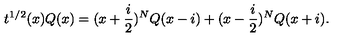
t ^ { 1 / 2 } ( x ) Q ( x ) = ( x + \frac { i } { 2 } ) ^ { N } Q ( x - i ) + ( x - \frac { i } { 2 } ) ^ { N } Q ( x + i ) .